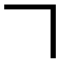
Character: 𠃍